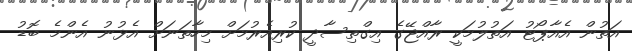
އަތުން އެއާޕޯޓު އަތުލުމަކީ ރާއްޖޭގެ އިގްތިސާދީ ކުރިއެރުމަށް މިހާތަނަށް އެޅުނު އެންމެ ބޮޑު